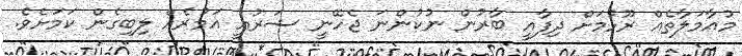
މުއާމަލާތެއް ރޫޅުމަށް ދިފާއީ ބާރުން ނުކުންނަ ޖެހޭނީ ޝަރުއީ އަމުރެއް ލިބިގެން ކަމަށެވެ.